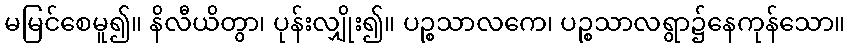
မမြင်စေမူ၍။ နိလီယိတွာ၊ ပုန်းလျှိုး၍။ ပဉ္စသာလကေ၊ ပဉ္စသာလရွာ၌နေကုန်သော။